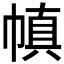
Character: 𫷊